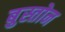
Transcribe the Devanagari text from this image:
बुस्तोन